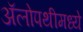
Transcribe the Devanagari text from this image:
अॅलोपथीमध्ये